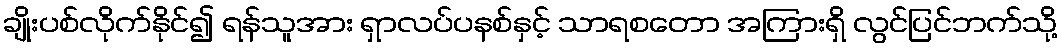
ချိုးပစ်လိုက်နိုင်၍ ရန်သူအား ရှာလပ်ပနစ်နှင့် သာရစတော အကြားရှိ လွင်ပြင်ဘက်သို့